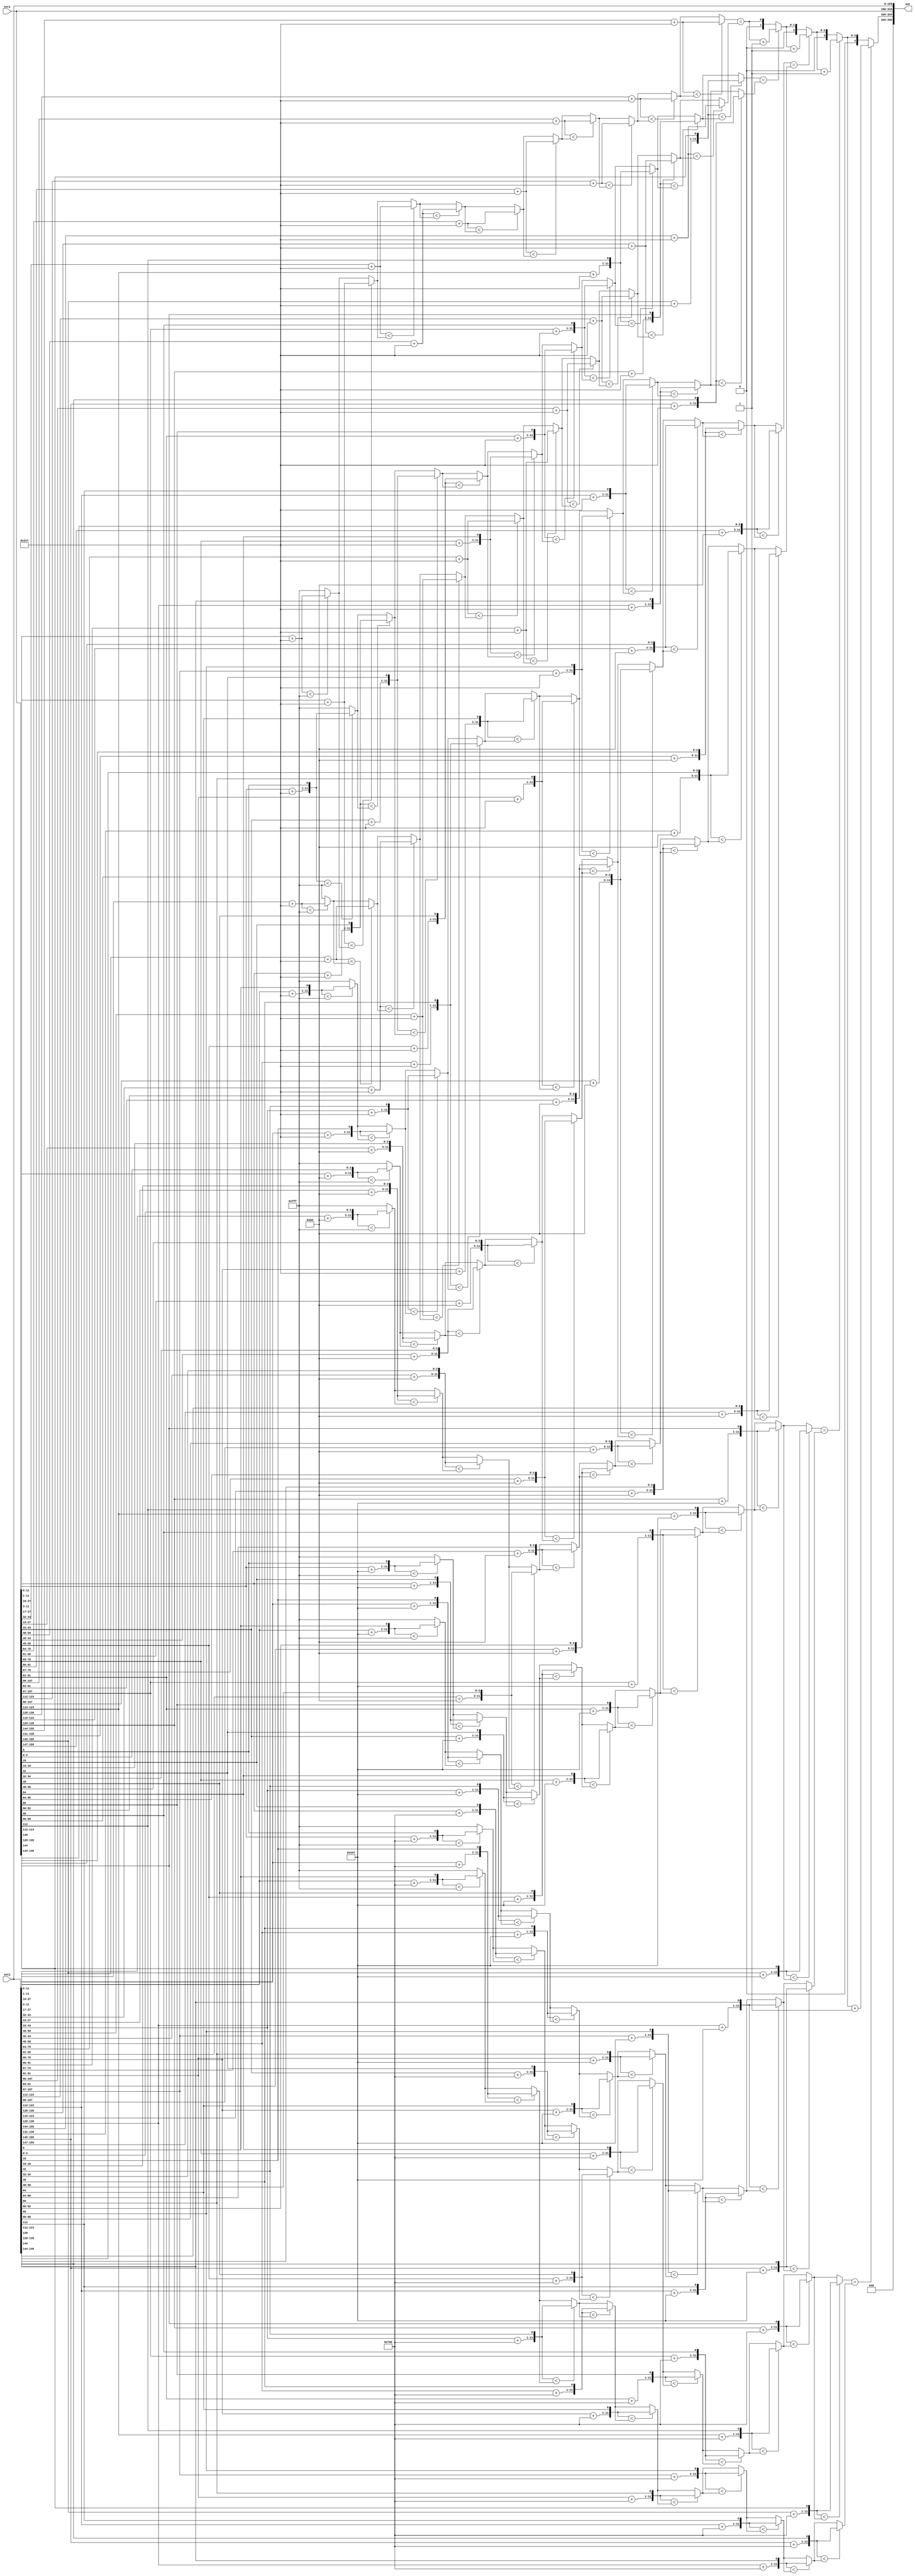
module min_hash(
  input wire [159:0] set1,
  input wire [159:0] set2,
  output wire [335:0] out
);
  wire [15:0] set1_unflattened[10];
  assign set1_unflattened[0] = set1[15:0];
  assign set1_unflattened[1] = set1[31:16];
  assign set1_unflattened[2] = set1[47:32];
  assign set1_unflattened[3] = set1[63:48];
  assign set1_unflattened[4] = set1[79:64];
  assign set1_unflattened[5] = set1[95:80];
  assign set1_unflattened[6] = set1[111:96];
  assign set1_unflattened[7] = set1[127:112];
  assign set1_unflattened[8] = set1[143:128];
  assign set1_unflattened[9] = set1[159:144];
  wire [15:0] set2_unflattened[10];
  assign set2_unflattened[0] = set2[15:0];
  assign set2_unflattened[1] = set2[31:16];
  assign set2_unflattened[2] = set2[47:32];
  assign set2_unflattened[3] = set2[63:48];
  assign set2_unflattened[4] = set2[79:64];
  assign set2_unflattened[5] = set2[95:80];
  assign set2_unflattened[6] = set2[111:96];
  assign set2_unflattened[7] = set2[127:112];
  assign set2_unflattened[8] = set2[143:128];
  assign set2_unflattened[9] = set2[159:144];
  wire [15:0] array_index_18141;
  wire [15:0] array_index_18142;
  wire [11:0] add_18149;
  wire [11:0] add_18152;
  wire [15:0] array_index_18157;
  wire [15:0] array_index_18160;
  wire [10:0] add_18164;
  wire [10:0] add_18167;
  wire [11:0] add_18183;
  wire [11:0] sel_18185;
  wire [11:0] add_18188;
  wire [11:0] sel_18190;
  wire [15:0] array_index_18205;
  wire [15:0] array_index_18208;
  wire [8:0] add_18212;
  wire [8:0] add_18215;
  wire [10:0] add_18218;
  wire [11:0] sel_18221;
  wire [10:0] add_18223;
  wire [11:0] sel_18226;
  wire [11:0] add_18243;
  wire [11:0] sel_18245;
  wire [11:0] add_18248;
  wire [11:0] sel_18250;
  wire [15:0] array_index_18271;
  wire [15:0] array_index_18274;
  wire [10:0] add_18278;
  wire [10:0] add_18280;
  wire [8:0] add_18282;
  wire [11:0] sel_18285;
  wire [8:0] add_18287;
  wire [11:0] sel_18290;
  wire [10:0] add_18292;
  wire [11:0] sel_18295;
  wire [10:0] add_18297;
  wire [11:0] sel_18300;
  wire [11:0] add_18321;
  wire [11:0] sel_18323;
  wire [11:0] add_18326;
  wire [11:0] sel_18328;
  wire [15:0] array_index_18355;
  wire [15:0] array_index_18358;
  wire [10:0] add_18362;
  wire [10:0] add_18364;
  wire [10:0] add_18366;
  wire [11:0] sel_18368;
  wire [10:0] add_18370;
  wire [11:0] sel_18372;
  wire [8:0] add_18374;
  wire [11:0] sel_18377;
  wire [8:0] add_18379;
  wire [11:0] sel_18382;
  wire [10:0] add_18384;
  wire [11:0] sel_18387;
  wire [10:0] add_18389;
  wire [11:0] sel_18392;
  wire [11:0] add_18417;
  wire [11:0] sel_18419;
  wire [11:0] add_18422;
  wire [11:0] sel_18424;
  wire [15:0] array_index_18455;
  wire [15:0] array_index_18458;
  wire [10:0] add_18462;
  wire [11:0] sel_18464;
  wire [10:0] add_18466;
  wire [11:0] sel_18468;
  wire [10:0] add_18470;
  wire [11:0] sel_18472;
  wire [10:0] add_18474;
  wire [11:0] sel_18476;
  wire [8:0] add_18478;
  wire [11:0] sel_18481;
  wire [8:0] add_18483;
  wire [11:0] sel_18486;
  wire [10:0] add_18488;
  wire [11:0] sel_18491;
  wire [10:0] add_18493;
  wire [11:0] sel_18496;
  wire [11:0] add_18521;
  wire [11:0] sel_18523;
  wire [11:0] add_18526;
  wire [11:0] sel_18528;
  wire [15:0] array_index_18557;
  wire [15:0] array_index_18560;
  wire [10:0] add_18564;
  wire [11:0] sel_18566;
  wire [10:0] add_18568;
  wire [11:0] sel_18570;
  wire [10:0] add_18572;
  wire [11:0] sel_18574;
  wire [10:0] add_18576;
  wire [11:0] sel_18578;
  wire [8:0] add_18580;
  wire [11:0] sel_18583;
  wire [8:0] add_18585;
  wire [11:0] sel_18588;
  wire [10:0] add_18590;
  wire [11:0] sel_18593;
  wire [10:0] add_18595;
  wire [11:0] sel_18598;
  wire [11:0] add_18623;
  wire [11:0] sel_18625;
  wire [11:0] add_18628;
  wire [11:0] sel_18630;
  wire [15:0] array_index_18659;
  wire [15:0] array_index_18662;
  wire [10:0] add_18666;
  wire [11:0] sel_18668;
  wire [10:0] add_18670;
  wire [11:0] sel_18672;
  wire [10:0] add_18674;
  wire [11:0] sel_18676;
  wire [10:0] add_18678;
  wire [11:0] sel_18680;
  wire [8:0] add_18682;
  wire [11:0] sel_18685;
  wire [8:0] add_18687;
  wire [11:0] sel_18690;
  wire [10:0] add_18692;
  wire [11:0] sel_18695;
  wire [10:0] add_18697;
  wire [11:0] sel_18700;
  wire [11:0] add_18725;
  wire [11:0] sel_18727;
  wire [11:0] add_18730;
  wire [11:0] sel_18732;
  wire [15:0] array_index_18761;
  wire [15:0] array_index_18764;
  wire [10:0] add_18768;
  wire [11:0] sel_18770;
  wire [10:0] add_18772;
  wire [11:0] sel_18774;
  wire [10:0] add_18776;
  wire [11:0] sel_18778;
  wire [10:0] add_18780;
  wire [11:0] sel_18782;
  wire [8:0] add_18784;
  wire [11:0] sel_18787;
  wire [8:0] add_18789;
  wire [11:0] sel_18792;
  wire [10:0] add_18794;
  wire [11:0] sel_18797;
  wire [10:0] add_18799;
  wire [11:0] sel_18802;
  wire [11:0] add_18827;
  wire [11:0] sel_18829;
  wire [11:0] add_18832;
  wire [11:0] sel_18834;
  wire [15:0] array_index_18863;
  wire [15:0] array_index_18866;
  wire [10:0] add_18870;
  wire [11:0] sel_18872;
  wire [10:0] add_18874;
  wire [11:0] sel_18876;
  wire [10:0] add_18878;
  wire [11:0] sel_18880;
  wire [10:0] add_18882;
  wire [11:0] sel_18884;
  wire [8:0] add_18886;
  wire [11:0] sel_18889;
  wire [8:0] add_18891;
  wire [11:0] sel_18894;
  wire [10:0] add_18896;
  wire [11:0] sel_18899;
  wire [10:0] add_18901;
  wire [11:0] sel_18904;
  wire [11:0] add_18928;
  wire [11:0] sel_18930;
  wire [11:0] add_18932;
  wire [11:0] sel_18934;
  wire [10:0] add_18968;
  wire [11:0] sel_18970;
  wire [10:0] add_18972;
  wire [11:0] sel_18974;
  wire [10:0] add_18976;
  wire [11:0] sel_18978;
  wire [10:0] add_18980;
  wire [11:0] sel_18982;
  wire [8:0] add_18984;
  wire [11:0] sel_18987;
  wire [8:0] add_18989;
  wire [11:0] sel_18992;
  wire [10:0] add_18994;
  wire [11:0] sel_18997;
  wire [10:0] add_18999;
  wire [11:0] sel_19002;
  wire [10:0] add_19050;
  wire [11:0] sel_19052;
  wire [10:0] add_19054;
  wire [11:0] sel_19056;
  wire [10:0] add_19058;
  wire [11:0] sel_19060;
  wire [10:0] add_19062;
  wire [11:0] sel_19064;
  wire [8:0] add_19066;
  wire [11:0] sel_19069;
  wire [8:0] add_19071;
  wire [11:0] sel_19074;
  wire [1:0] concat_19077;
  wire [1:0] add_19092;
  wire [10:0] add_19112;
  wire [11:0] sel_19114;
  wire [10:0] add_19116;
  wire [11:0] sel_19118;
  wire [10:0] add_19120;
  wire [11:0] sel_19122;
  wire [10:0] add_19124;
  wire [11:0] sel_19126;
  wire [2:0] concat_19129;
  wire [2:0] add_19140;
  wire [10:0] add_19154;
  wire [11:0] sel_19156;
  wire [10:0] add_19158;
  wire [11:0] sel_19160;
  wire [3:0] concat_19163;
  wire [3:0] add_19170;
  wire [4:0] concat_19179;
  wire [4:0] add_19182;
  assign array_index_18141 = set1_unflattened[4'h0];
  assign array_index_18142 = set2_unflattened[4'h0];
  assign add_18149 = array_index_18141[11:0] + 12'h247;
  assign add_18152 = array_index_18142[11:0] + 12'h247;
  assign array_index_18157 = set1_unflattened[4'h1];
  assign array_index_18160 = set2_unflattened[4'h1];
  assign add_18164 = array_index_18141[11:1] + 11'h247;
  assign add_18167 = array_index_18142[11:1] + 11'h247;
  assign add_18183 = array_index_18157[11:0] + 12'h247;
  assign sel_18185 = $signed({1'h0, add_18149}) < $signed(13'h0fff) ? add_18149 : 12'hfff;
  assign add_18188 = array_index_18160[11:0] + 12'h247;
  assign sel_18190 = $signed({1'h0, add_18152}) < $signed(13'h0fff) ? add_18152 : 12'hfff;
  assign array_index_18205 = set1_unflattened[4'h2];
  assign array_index_18208 = set2_unflattened[4'h2];
  assign add_18212 = array_index_18141[11:3] + 9'h0bd;
  assign add_18215 = array_index_18142[11:3] + 9'h0bd;
  assign add_18218 = array_index_18157[11:1] + 11'h247;
  assign sel_18221 = $signed({1'h0, add_18164, array_index_18141[0]}) < $signed(13'h0fff) ? {add_18164, array_index_18141[0]} : 12'hfff;
  assign add_18223 = array_index_18160[11:1] + 11'h247;
  assign sel_18226 = $signed({1'h0, add_18167, array_index_18142[0]}) < $signed(13'h0fff) ? {add_18167, array_index_18142[0]} : 12'hfff;
  assign add_18243 = array_index_18205[11:0] + 12'h247;
  assign sel_18245 = $signed({1'h0, add_18183}) < $signed({1'h0, sel_18185}) ? add_18183 : sel_18185;
  assign add_18248 = array_index_18208[11:0] + 12'h247;
  assign sel_18250 = $signed({1'h0, add_18188}) < $signed({1'h0, sel_18190}) ? add_18188 : sel_18190;
  assign array_index_18271 = set1_unflattened[4'h3];
  assign array_index_18274 = set2_unflattened[4'h3];
  assign add_18278 = array_index_18141[11:1] + 11'h347;
  assign add_18280 = array_index_18142[11:1] + 11'h347;
  assign add_18282 = array_index_18157[11:3] + 9'h0bd;
  assign sel_18285 = $signed({1'h0, add_18212, array_index_18141[2:0]}) < $signed(13'h0fff) ? {add_18212, array_index_18141[2:0]} : 12'hfff;
  assign add_18287 = array_index_18160[11:3] + 9'h0bd;
  assign sel_18290 = $signed({1'h0, add_18215, array_index_18142[2:0]}) < $signed(13'h0fff) ? {add_18215, array_index_18142[2:0]} : 12'hfff;
  assign add_18292 = array_index_18205[11:1] + 11'h247;
  assign sel_18295 = $signed({1'h0, add_18218, array_index_18157[0]}) < $signed({1'h0, sel_18221}) ? {add_18218, array_index_18157[0]} : sel_18221;
  assign add_18297 = array_index_18208[11:1] + 11'h247;
  assign sel_18300 = $signed({1'h0, add_18223, array_index_18160[0]}) < $signed({1'h0, sel_18226}) ? {add_18223, array_index_18160[0]} : sel_18226;
  assign add_18321 = array_index_18271[11:0] + 12'h247;
  assign sel_18323 = $signed({1'h0, add_18243}) < $signed({1'h0, sel_18245}) ? add_18243 : sel_18245;
  assign add_18326 = array_index_18274[11:0] + 12'h247;
  assign sel_18328 = $signed({1'h0, add_18248}) < $signed({1'h0, sel_18250}) ? add_18248 : sel_18250;
  assign array_index_18355 = set1_unflattened[4'h4];
  assign array_index_18358 = set2_unflattened[4'h4];
  assign add_18362 = array_index_18141[11:1] + 11'h79d;
  assign add_18364 = array_index_18142[11:1] + 11'h79d;
  assign add_18366 = array_index_18157[11:1] + 11'h347;
  assign sel_18368 = $signed({1'h0, add_18278, array_index_18141[0]}) < $signed(13'h0fff) ? {add_18278, array_index_18141[0]} : 12'hfff;
  assign add_18370 = array_index_18160[11:1] + 11'h347;
  assign sel_18372 = $signed({1'h0, add_18280, array_index_18142[0]}) < $signed(13'h0fff) ? {add_18280, array_index_18142[0]} : 12'hfff;
  assign add_18374 = array_index_18205[11:3] + 9'h0bd;
  assign sel_18377 = $signed({1'h0, add_18282, array_index_18157[2:0]}) < $signed({1'h0, sel_18285}) ? {add_18282, array_index_18157[2:0]} : sel_18285;
  assign add_18379 = array_index_18208[11:3] + 9'h0bd;
  assign sel_18382 = $signed({1'h0, add_18287, array_index_18160[2:0]}) < $signed({1'h0, sel_18290}) ? {add_18287, array_index_18160[2:0]} : sel_18290;
  assign add_18384 = array_index_18271[11:1] + 11'h247;
  assign sel_18387 = $signed({1'h0, add_18292, array_index_18205[0]}) < $signed({1'h0, sel_18295}) ? {add_18292, array_index_18205[0]} : sel_18295;
  assign add_18389 = array_index_18274[11:1] + 11'h247;
  assign sel_18392 = $signed({1'h0, add_18297, array_index_18208[0]}) < $signed({1'h0, sel_18300}) ? {add_18297, array_index_18208[0]} : sel_18300;
  assign add_18417 = array_index_18355[11:0] + 12'h247;
  assign sel_18419 = $signed({1'h0, add_18321}) < $signed({1'h0, sel_18323}) ? add_18321 : sel_18323;
  assign add_18422 = array_index_18358[11:0] + 12'h247;
  assign sel_18424 = $signed({1'h0, add_18326}) < $signed({1'h0, sel_18328}) ? add_18326 : sel_18328;
  assign array_index_18455 = set1_unflattened[4'h5];
  assign array_index_18458 = set2_unflattened[4'h5];
  assign add_18462 = array_index_18157[11:1] + 11'h79d;
  assign sel_18464 = $signed({1'h0, add_18362, array_index_18141[0]}) < $signed(13'h0fff) ? {add_18362, array_index_18141[0]} : 12'hfff;
  assign add_18466 = array_index_18160[11:1] + 11'h79d;
  assign sel_18468 = $signed({1'h0, add_18364, array_index_18142[0]}) < $signed(13'h0fff) ? {add_18364, array_index_18142[0]} : 12'hfff;
  assign add_18470 = array_index_18205[11:1] + 11'h347;
  assign sel_18472 = $signed({1'h0, add_18366, array_index_18157[0]}) < $signed({1'h0, sel_18368}) ? {add_18366, array_index_18157[0]} : sel_18368;
  assign add_18474 = array_index_18208[11:1] + 11'h347;
  assign sel_18476 = $signed({1'h0, add_18370, array_index_18160[0]}) < $signed({1'h0, sel_18372}) ? {add_18370, array_index_18160[0]} : sel_18372;
  assign add_18478 = array_index_18271[11:3] + 9'h0bd;
  assign sel_18481 = $signed({1'h0, add_18374, array_index_18205[2:0]}) < $signed({1'h0, sel_18377}) ? {add_18374, array_index_18205[2:0]} : sel_18377;
  assign add_18483 = array_index_18274[11:3] + 9'h0bd;
  assign sel_18486 = $signed({1'h0, add_18379, array_index_18208[2:0]}) < $signed({1'h0, sel_18382}) ? {add_18379, array_index_18208[2:0]} : sel_18382;
  assign add_18488 = array_index_18355[11:1] + 11'h247;
  assign sel_18491 = $signed({1'h0, add_18384, array_index_18271[0]}) < $signed({1'h0, sel_18387}) ? {add_18384, array_index_18271[0]} : sel_18387;
  assign add_18493 = array_index_18358[11:1] + 11'h247;
  assign sel_18496 = $signed({1'h0, add_18389, array_index_18274[0]}) < $signed({1'h0, sel_18392}) ? {add_18389, array_index_18274[0]} : sel_18392;
  assign add_18521 = array_index_18455[11:0] + 12'h247;
  assign sel_18523 = $signed({1'h0, add_18417}) < $signed({1'h0, sel_18419}) ? add_18417 : sel_18419;
  assign add_18526 = array_index_18458[11:0] + 12'h247;
  assign sel_18528 = $signed({1'h0, add_18422}) < $signed({1'h0, sel_18424}) ? add_18422 : sel_18424;
  assign array_index_18557 = set1_unflattened[4'h6];
  assign array_index_18560 = set2_unflattened[4'h6];
  assign add_18564 = array_index_18205[11:1] + 11'h79d;
  assign sel_18566 = $signed({1'h0, add_18462, array_index_18157[0]}) < $signed({1'h0, sel_18464}) ? {add_18462, array_index_18157[0]} : sel_18464;
  assign add_18568 = array_index_18208[11:1] + 11'h79d;
  assign sel_18570 = $signed({1'h0, add_18466, array_index_18160[0]}) < $signed({1'h0, sel_18468}) ? {add_18466, array_index_18160[0]} : sel_18468;
  assign add_18572 = array_index_18271[11:1] + 11'h347;
  assign sel_18574 = $signed({1'h0, add_18470, array_index_18205[0]}) < $signed({1'h0, sel_18472}) ? {add_18470, array_index_18205[0]} : sel_18472;
  assign add_18576 = array_index_18274[11:1] + 11'h347;
  assign sel_18578 = $signed({1'h0, add_18474, array_index_18208[0]}) < $signed({1'h0, sel_18476}) ? {add_18474, array_index_18208[0]} : sel_18476;
  assign add_18580 = array_index_18355[11:3] + 9'h0bd;
  assign sel_18583 = $signed({1'h0, add_18478, array_index_18271[2:0]}) < $signed({1'h0, sel_18481}) ? {add_18478, array_index_18271[2:0]} : sel_18481;
  assign add_18585 = array_index_18358[11:3] + 9'h0bd;
  assign sel_18588 = $signed({1'h0, add_18483, array_index_18274[2:0]}) < $signed({1'h0, sel_18486}) ? {add_18483, array_index_18274[2:0]} : sel_18486;
  assign add_18590 = array_index_18455[11:1] + 11'h247;
  assign sel_18593 = $signed({1'h0, add_18488, array_index_18355[0]}) < $signed({1'h0, sel_18491}) ? {add_18488, array_index_18355[0]} : sel_18491;
  assign add_18595 = array_index_18458[11:1] + 11'h247;
  assign sel_18598 = $signed({1'h0, add_18493, array_index_18358[0]}) < $signed({1'h0, sel_18496}) ? {add_18493, array_index_18358[0]} : sel_18496;
  assign add_18623 = array_index_18557[11:0] + 12'h247;
  assign sel_18625 = $signed({1'h0, add_18521}) < $signed({1'h0, sel_18523}) ? add_18521 : sel_18523;
  assign add_18628 = array_index_18560[11:0] + 12'h247;
  assign sel_18630 = $signed({1'h0, add_18526}) < $signed({1'h0, sel_18528}) ? add_18526 : sel_18528;
  assign array_index_18659 = set1_unflattened[4'h7];
  assign array_index_18662 = set2_unflattened[4'h7];
  assign add_18666 = array_index_18271[11:1] + 11'h79d;
  assign sel_18668 = $signed({1'h0, add_18564, array_index_18205[0]}) < $signed({1'h0, sel_18566}) ? {add_18564, array_index_18205[0]} : sel_18566;
  assign add_18670 = array_index_18274[11:1] + 11'h79d;
  assign sel_18672 = $signed({1'h0, add_18568, array_index_18208[0]}) < $signed({1'h0, sel_18570}) ? {add_18568, array_index_18208[0]} : sel_18570;
  assign add_18674 = array_index_18355[11:1] + 11'h347;
  assign sel_18676 = $signed({1'h0, add_18572, array_index_18271[0]}) < $signed({1'h0, sel_18574}) ? {add_18572, array_index_18271[0]} : sel_18574;
  assign add_18678 = array_index_18358[11:1] + 11'h347;
  assign sel_18680 = $signed({1'h0, add_18576, array_index_18274[0]}) < $signed({1'h0, sel_18578}) ? {add_18576, array_index_18274[0]} : sel_18578;
  assign add_18682 = array_index_18455[11:3] + 9'h0bd;
  assign sel_18685 = $signed({1'h0, add_18580, array_index_18355[2:0]}) < $signed({1'h0, sel_18583}) ? {add_18580, array_index_18355[2:0]} : sel_18583;
  assign add_18687 = array_index_18458[11:3] + 9'h0bd;
  assign sel_18690 = $signed({1'h0, add_18585, array_index_18358[2:0]}) < $signed({1'h0, sel_18588}) ? {add_18585, array_index_18358[2:0]} : sel_18588;
  assign add_18692 = array_index_18557[11:1] + 11'h247;
  assign sel_18695 = $signed({1'h0, add_18590, array_index_18455[0]}) < $signed({1'h0, sel_18593}) ? {add_18590, array_index_18455[0]} : sel_18593;
  assign add_18697 = array_index_18560[11:1] + 11'h247;
  assign sel_18700 = $signed({1'h0, add_18595, array_index_18458[0]}) < $signed({1'h0, sel_18598}) ? {add_18595, array_index_18458[0]} : sel_18598;
  assign add_18725 = array_index_18659[11:0] + 12'h247;
  assign sel_18727 = $signed({1'h0, add_18623}) < $signed({1'h0, sel_18625}) ? add_18623 : sel_18625;
  assign add_18730 = array_index_18662[11:0] + 12'h247;
  assign sel_18732 = $signed({1'h0, add_18628}) < $signed({1'h0, sel_18630}) ? add_18628 : sel_18630;
  assign array_index_18761 = set1_unflattened[4'h8];
  assign array_index_18764 = set2_unflattened[4'h8];
  assign add_18768 = array_index_18355[11:1] + 11'h79d;
  assign sel_18770 = $signed({1'h0, add_18666, array_index_18271[0]}) < $signed({1'h0, sel_18668}) ? {add_18666, array_index_18271[0]} : sel_18668;
  assign add_18772 = array_index_18358[11:1] + 11'h79d;
  assign sel_18774 = $signed({1'h0, add_18670, array_index_18274[0]}) < $signed({1'h0, sel_18672}) ? {add_18670, array_index_18274[0]} : sel_18672;
  assign add_18776 = array_index_18455[11:1] + 11'h347;
  assign sel_18778 = $signed({1'h0, add_18674, array_index_18355[0]}) < $signed({1'h0, sel_18676}) ? {add_18674, array_index_18355[0]} : sel_18676;
  assign add_18780 = array_index_18458[11:1] + 11'h347;
  assign sel_18782 = $signed({1'h0, add_18678, array_index_18358[0]}) < $signed({1'h0, sel_18680}) ? {add_18678, array_index_18358[0]} : sel_18680;
  assign add_18784 = array_index_18557[11:3] + 9'h0bd;
  assign sel_18787 = $signed({1'h0, add_18682, array_index_18455[2:0]}) < $signed({1'h0, sel_18685}) ? {add_18682, array_index_18455[2:0]} : sel_18685;
  assign add_18789 = array_index_18560[11:3] + 9'h0bd;
  assign sel_18792 = $signed({1'h0, add_18687, array_index_18458[2:0]}) < $signed({1'h0, sel_18690}) ? {add_18687, array_index_18458[2:0]} : sel_18690;
  assign add_18794 = array_index_18659[11:1] + 11'h247;
  assign sel_18797 = $signed({1'h0, add_18692, array_index_18557[0]}) < $signed({1'h0, sel_18695}) ? {add_18692, array_index_18557[0]} : sel_18695;
  assign add_18799 = array_index_18662[11:1] + 11'h247;
  assign sel_18802 = $signed({1'h0, add_18697, array_index_18560[0]}) < $signed({1'h0, sel_18700}) ? {add_18697, array_index_18560[0]} : sel_18700;
  assign add_18827 = array_index_18761[11:0] + 12'h247;
  assign sel_18829 = $signed({1'h0, add_18725}) < $signed({1'h0, sel_18727}) ? add_18725 : sel_18727;
  assign add_18832 = array_index_18764[11:0] + 12'h247;
  assign sel_18834 = $signed({1'h0, add_18730}) < $signed({1'h0, sel_18732}) ? add_18730 : sel_18732;
  assign array_index_18863 = set1_unflattened[4'h9];
  assign array_index_18866 = set2_unflattened[4'h9];
  assign add_18870 = array_index_18455[11:1] + 11'h79d;
  assign sel_18872 = $signed({1'h0, add_18768, array_index_18355[0]}) < $signed({1'h0, sel_18770}) ? {add_18768, array_index_18355[0]} : sel_18770;
  assign add_18874 = array_index_18458[11:1] + 11'h79d;
  assign sel_18876 = $signed({1'h0, add_18772, array_index_18358[0]}) < $signed({1'h0, sel_18774}) ? {add_18772, array_index_18358[0]} : sel_18774;
  assign add_18878 = array_index_18557[11:1] + 11'h347;
  assign sel_18880 = $signed({1'h0, add_18776, array_index_18455[0]}) < $signed({1'h0, sel_18778}) ? {add_18776, array_index_18455[0]} : sel_18778;
  assign add_18882 = array_index_18560[11:1] + 11'h347;
  assign sel_18884 = $signed({1'h0, add_18780, array_index_18458[0]}) < $signed({1'h0, sel_18782}) ? {add_18780, array_index_18458[0]} : sel_18782;
  assign add_18886 = array_index_18659[11:3] + 9'h0bd;
  assign sel_18889 = $signed({1'h0, add_18784, array_index_18557[2:0]}) < $signed({1'h0, sel_18787}) ? {add_18784, array_index_18557[2:0]} : sel_18787;
  assign add_18891 = array_index_18662[11:3] + 9'h0bd;
  assign sel_18894 = $signed({1'h0, add_18789, array_index_18560[2:0]}) < $signed({1'h0, sel_18792}) ? {add_18789, array_index_18560[2:0]} : sel_18792;
  assign add_18896 = array_index_18761[11:1] + 11'h247;
  assign sel_18899 = $signed({1'h0, add_18794, array_index_18659[0]}) < $signed({1'h0, sel_18797}) ? {add_18794, array_index_18659[0]} : sel_18797;
  assign add_18901 = array_index_18764[11:1] + 11'h247;
  assign sel_18904 = $signed({1'h0, add_18799, array_index_18662[0]}) < $signed({1'h0, sel_18802}) ? {add_18799, array_index_18662[0]} : sel_18802;
  assign add_18928 = array_index_18863[11:0] + 12'h247;
  assign sel_18930 = $signed({1'h0, add_18827}) < $signed({1'h0, sel_18829}) ? add_18827 : sel_18829;
  assign add_18932 = array_index_18866[11:0] + 12'h247;
  assign sel_18934 = $signed({1'h0, add_18832}) < $signed({1'h0, sel_18834}) ? add_18832 : sel_18834;
  assign add_18968 = array_index_18557[11:1] + 11'h79d;
  assign sel_18970 = $signed({1'h0, add_18870, array_index_18455[0]}) < $signed({1'h0, sel_18872}) ? {add_18870, array_index_18455[0]} : sel_18872;
  assign add_18972 = array_index_18560[11:1] + 11'h79d;
  assign sel_18974 = $signed({1'h0, add_18874, array_index_18458[0]}) < $signed({1'h0, sel_18876}) ? {add_18874, array_index_18458[0]} : sel_18876;
  assign add_18976 = array_index_18659[11:1] + 11'h347;
  assign sel_18978 = $signed({1'h0, add_18878, array_index_18557[0]}) < $signed({1'h0, sel_18880}) ? {add_18878, array_index_18557[0]} : sel_18880;
  assign add_18980 = array_index_18662[11:1] + 11'h347;
  assign sel_18982 = $signed({1'h0, add_18882, array_index_18560[0]}) < $signed({1'h0, sel_18884}) ? {add_18882, array_index_18560[0]} : sel_18884;
  assign add_18984 = array_index_18761[11:3] + 9'h0bd;
  assign sel_18987 = $signed({1'h0, add_18886, array_index_18659[2:0]}) < $signed({1'h0, sel_18889}) ? {add_18886, array_index_18659[2:0]} : sel_18889;
  assign add_18989 = array_index_18764[11:3] + 9'h0bd;
  assign sel_18992 = $signed({1'h0, add_18891, array_index_18662[2:0]}) < $signed({1'h0, sel_18894}) ? {add_18891, array_index_18662[2:0]} : sel_18894;
  assign add_18994 = array_index_18863[11:1] + 11'h247;
  assign sel_18997 = $signed({1'h0, add_18896, array_index_18761[0]}) < $signed({1'h0, sel_18899}) ? {add_18896, array_index_18761[0]} : sel_18899;
  assign add_18999 = array_index_18866[11:1] + 11'h247;
  assign sel_19002 = $signed({1'h0, add_18901, array_index_18764[0]}) < $signed({1'h0, sel_18904}) ? {add_18901, array_index_18764[0]} : sel_18904;
  assign add_19050 = array_index_18659[11:1] + 11'h79d;
  assign sel_19052 = $signed({1'h0, add_18968, array_index_18557[0]}) < $signed({1'h0, sel_18970}) ? {add_18968, array_index_18557[0]} : sel_18970;
  assign add_19054 = array_index_18662[11:1] + 11'h79d;
  assign sel_19056 = $signed({1'h0, add_18972, array_index_18560[0]}) < $signed({1'h0, sel_18974}) ? {add_18972, array_index_18560[0]} : sel_18974;
  assign add_19058 = array_index_18761[11:1] + 11'h347;
  assign sel_19060 = $signed({1'h0, add_18976, array_index_18659[0]}) < $signed({1'h0, sel_18978}) ? {add_18976, array_index_18659[0]} : sel_18978;
  assign add_19062 = array_index_18764[11:1] + 11'h347;
  assign sel_19064 = $signed({1'h0, add_18980, array_index_18662[0]}) < $signed({1'h0, sel_18982}) ? {add_18980, array_index_18662[0]} : sel_18982;
  assign add_19066 = array_index_18863[11:3] + 9'h0bd;
  assign sel_19069 = $signed({1'h0, add_18984, array_index_18761[2:0]}) < $signed({1'h0, sel_18987}) ? {add_18984, array_index_18761[2:0]} : sel_18987;
  assign add_19071 = array_index_18866[11:3] + 9'h0bd;
  assign sel_19074 = $signed({1'h0, add_18989, array_index_18764[2:0]}) < $signed({1'h0, sel_18992}) ? {add_18989, array_index_18764[2:0]} : sel_18992;
  assign concat_19077 = {1'h0, ($signed({1'h0, add_18928}) < $signed({1'h0, sel_18930}) ? add_18928 : sel_18930) == ($signed({1'h0, add_18932}) < $signed({1'h0, sel_18934}) ? add_18932 : sel_18934)};
  assign add_19092 = concat_19077 + 2'h1;
  assign add_19112 = array_index_18761[11:1] + 11'h79d;
  assign sel_19114 = $signed({1'h0, add_19050, array_index_18659[0]}) < $signed({1'h0, sel_19052}) ? {add_19050, array_index_18659[0]} : sel_19052;
  assign add_19116 = array_index_18764[11:1] + 11'h79d;
  assign sel_19118 = $signed({1'h0, add_19054, array_index_18662[0]}) < $signed({1'h0, sel_19056}) ? {add_19054, array_index_18662[0]} : sel_19056;
  assign add_19120 = array_index_18863[11:1] + 11'h347;
  assign sel_19122 = $signed({1'h0, add_19058, array_index_18761[0]}) < $signed({1'h0, sel_19060}) ? {add_19058, array_index_18761[0]} : sel_19060;
  assign add_19124 = array_index_18866[11:1] + 11'h347;
  assign sel_19126 = $signed({1'h0, add_19062, array_index_18764[0]}) < $signed({1'h0, sel_19064}) ? {add_19062, array_index_18764[0]} : sel_19064;
  assign concat_19129 = {1'h0, ($signed({1'h0, add_18994, array_index_18863[0]}) < $signed({1'h0, sel_18997}) ? {add_18994, array_index_18863[0]} : sel_18997) == ($signed({1'h0, add_18999, array_index_18866[0]}) < $signed({1'h0, sel_19002}) ? {add_18999, array_index_18866[0]} : sel_19002) ? add_19092 : concat_19077};
  assign add_19140 = concat_19129 + 3'h1;
  assign add_19154 = array_index_18863[11:1] + 11'h79d;
  assign sel_19156 = $signed({1'h0, add_19112, array_index_18761[0]}) < $signed({1'h0, sel_19114}) ? {add_19112, array_index_18761[0]} : sel_19114;
  assign add_19158 = array_index_18866[11:1] + 11'h79d;
  assign sel_19160 = $signed({1'h0, add_19116, array_index_18764[0]}) < $signed({1'h0, sel_19118}) ? {add_19116, array_index_18764[0]} : sel_19118;
  assign concat_19163 = {1'h0, ($signed({1'h0, add_19066, array_index_18863[2:0]}) < $signed({1'h0, sel_19069}) ? {add_19066, array_index_18863[2:0]} : sel_19069) == ($signed({1'h0, add_19071, array_index_18866[2:0]}) < $signed({1'h0, sel_19074}) ? {add_19071, array_index_18866[2:0]} : sel_19074) ? add_19140 : concat_19129};
  assign add_19170 = concat_19163 + 4'h1;
  assign concat_19179 = {1'h0, ($signed({1'h0, add_19120, array_index_18863[0]}) < $signed({1'h0, sel_19122}) ? {add_19120, array_index_18863[0]} : sel_19122) == ($signed({1'h0, add_19124, array_index_18866[0]}) < $signed({1'h0, sel_19126}) ? {add_19124, array_index_18866[0]} : sel_19126) ? add_19170 : concat_19163};
  assign add_19182 = concat_19179 + 5'h01;
  assign out = {{11'h000, ($signed({1'h0, add_19154, array_index_18863[0]}) < $signed({1'h0, sel_19156}) ? {add_19154, array_index_18863[0]} : sel_19156) == ($signed({1'h0, add_19158, array_index_18866[0]}) < $signed({1'h0, sel_19160}) ? {add_19158, array_index_18866[0]} : sel_19160) ? add_19182 : concat_19179}, {set1_unflattened[9], set1_unflattened[8], set1_unflattened[7], set1_unflattened[6], set1_unflattened[5], set1_unflattened[4], set1_unflattened[3], set1_unflattened[2], set1_unflattened[1], set1_unflattened[0]}, {set2_unflattened[9], set2_unflattened[8], set2_unflattened[7], set2_unflattened[6], set2_unflattened[5], set2_unflattened[4], set2_unflattened[3], set2_unflattened[2], set2_unflattened[1], set2_unflattened[0]}};
endmodule